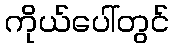
ကိုယ်ပေါ်တွင်